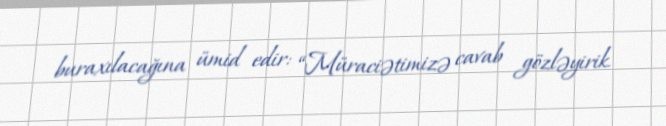
buraxılacağına ümid edir: “Müraciətimizə cavab gözləyirik.